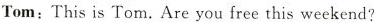
Tom:This is Tom. Are you free this weekend?